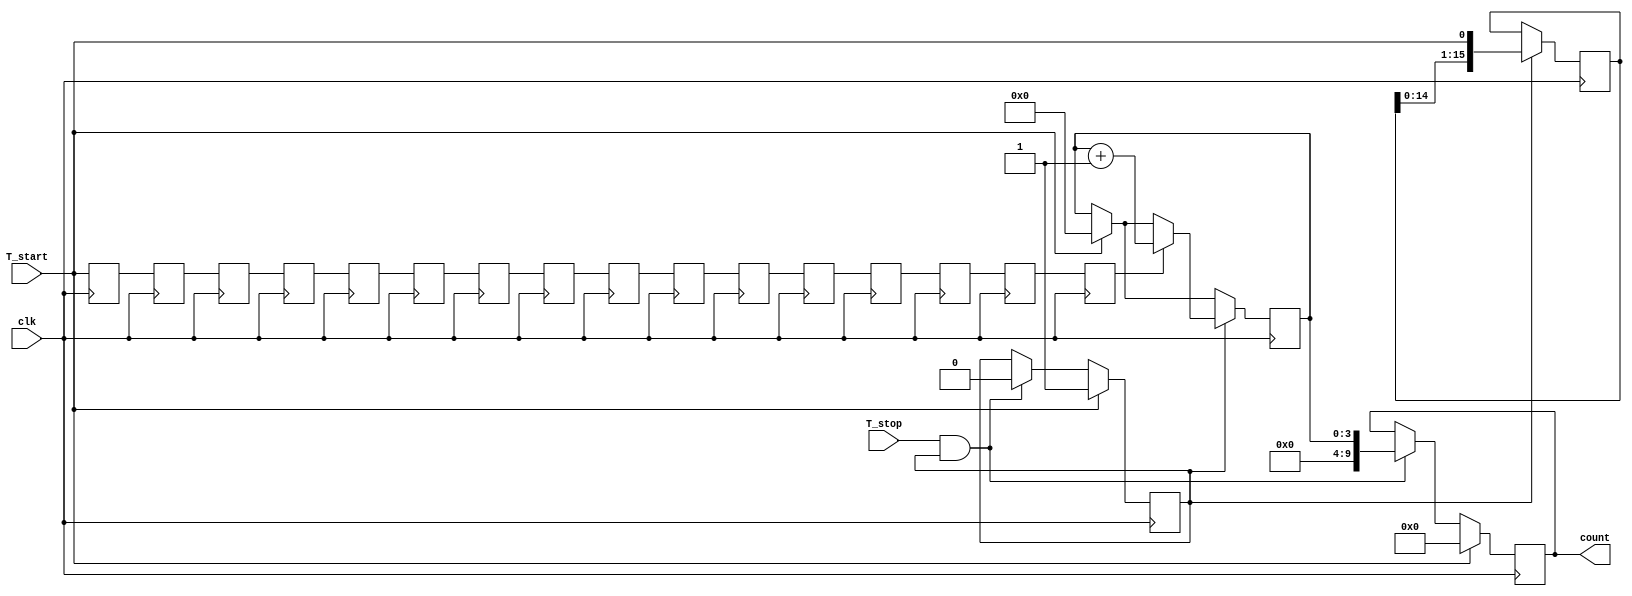
module TDC (
    input wire clk,          // System clock
    input wire T_start,     // Start signal
    input wire T_stop,      // Stop signal
    output reg [N-1:0] count // Output count (N bits)
);

parameter N = 10; // Number of bits for the counter
parameter DELAY_STAGES = 16; // Number of delay stages in the delay line

// Delay line signals
reg [DELAY_STAGES-1:0] delay_line;
reg [3:0] delay_counter; // Counter for delay stages
reg measuring; // State to indicate if measurement is ongoing

// Control logic
always @(posedge clk) begin
    if (T_start) begin
        measuring <= 1'b1; // Start measuring
        count <= 0; // Reset count
        delay_counter <= 0; // Reset delay counter
    end else if (T_stop && measuring) begin
        measuring <= 1'b0; // Stop measuring
        count <= delay_counter; // Capture the count
    end

    // Delay line operation
    if (measuring) begin
        // Shift the delay line and increment the counter
        delay_line <= {delay_line[DELAY_STAGES-2:0], T_start};
        if (delay_line[DELAY_STAGES-1]) begin
            delay_counter <= delay_counter + 1; // Increment delay counter
        end
    end
end

// Delay line generation (for illustration purposes)
genvar i;
generate
    for (i = 0; i < DELAY_STAGES; i = i + 1) begin : delay_elements
        // Each delay element can be implemented with an inverter or other delay structure
        // Here we simply use a register to represent the delay
        always @(posedge clk) begin
            if (i == 0) begin
                delay_line[i] <= T_start; // First stage gets the start signal
            end else begin
                delay_line[i] <= delay_line[i-1]; // Propagate the signal through the delay line
            end
        end
    end
endgenerate

endmodule